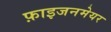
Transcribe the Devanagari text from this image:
फ़ाइजनमेयर